Annual statistical returns and brief notes on vaccination in Bengal - 1909-1929
Year: 1909
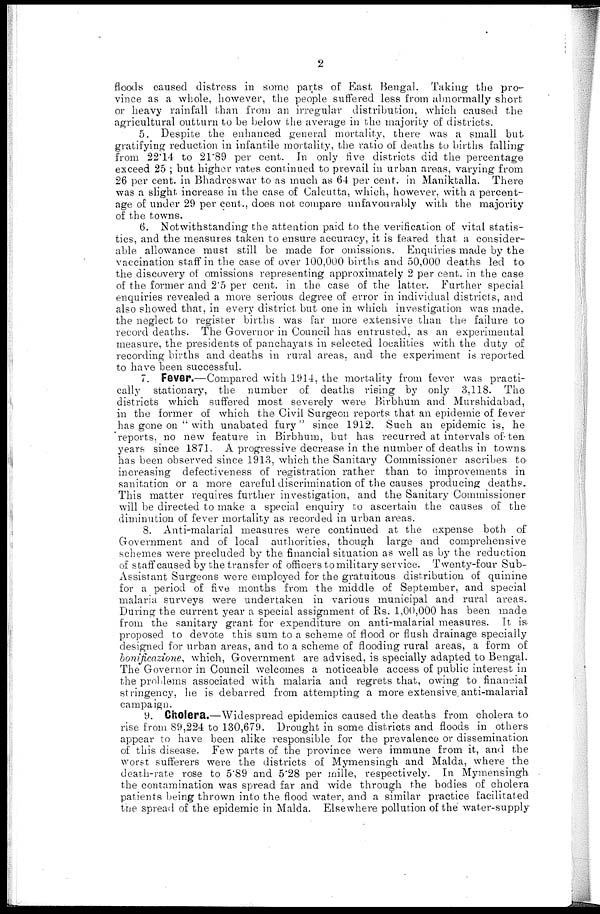
2
floods caused distress in some parts of East Bengal. Taking the pro-
vince as a whole, however, the people suffered less from abnormally short
or heavy rainfall than from an irregular distribution, which caused the
agricultural outturn to be below the average in the majority of districts.
5. Despite the enhanced general mortality, there was a small but
gratifying reduction in infantile mortality, the ratio of deaths to births falling-
from 22.14 to 21.89 per cent. In only five districts did the percentage
exceed 25 ; but higher rates continued to prevail in urban areas, varying from
26 per cent. in Bhadreswar to as much as 64 per cent. in Maniktalla. There
was a slight increase in the case of Calcutta, which, however, with a percent-
age of under 29 per cent., does not compare unfavourably with the majority
of the towns.
6. Notwithstanding the attention paid to the verification of vital statis-
tics, and the measures taken to ensure accuracy, it is feared that a consider-
able allowance must still be made for omissions. Enquiries made by the
vaccination staff in the case of over 100,000 births and 50,000 deaths led to-
the discovery of omissions representing approximately 2 per cent. in the case
of the former and 2'5 per cent. in the case of the latter. Further special
enquiries revealed a more serious degree of error in individual districts, and
also showed that, in every district but one in which investigation was made,
the neglect to register births was far more extensive than the failure to
record deaths. The Governor in Council has entrusted, as an experimental
measure, the presidents of panchayats in selected localities with the duty of
recording births and deaths in rural areas, and the experiment is reported
to have been successful.
7. Fever.—Compared with 1914, the mortality from fever was practi-
cally stationary, the number of deaths rising by only 3,118. The
districts which suffered most severely were Birbhum and Murshidabad,
in the former of which the Civil Surgeon reports that an epidemic of fever
has gone on " with unabated fury" since 1912. Such an epidemic is, he
reports, no new feature in Birbhum, but has recurred at intervals of ten
years since 1871. A progressive decrease in the number of deaths in towns
has been observed since 1913, which the Sanitary Commissioner ascribes to
increasing defectiveness of registration rather than to improvements in
sanitation or a more careful discrimination of the causes producing deaths.
This matter requires further investigation, and the Sanitary Commissioner
will be directed to make a special enquiry to ascertain the causes of the
diminution of fever mortality as recorded in urban areas.
8. Anti-malarial measures were continued at the expense both of
Government and of local authorities, though large and comprehensive
schemes were precluded by the financial situation as well as by the reduction
of staff caused by the transfer of officers to military service. Twenty-four Sub-
Assistant Surgeons were employed for the gratuitous distribution of quinine
for a period of five months from the middle of September, and special
malaria surveys were undertaken in various municipal and rural areas.
During the current year a special assignment of Rs. 1,00,000 has been made
from the sanitary grant for expenditure on anti-malarial measures. It is
proposed to devote this sum to a scheme of flood or flush drainage specially
designed for urban areas, and to a scheme of flooding rural areas, a form of
bonificazione, which, Government are advised, is specially adapted to Bengal.
The Governor in Council welcomes a noticeable access of public interest in
the problems associated with malaria and regrets that, owing to financial
stringency, he is debarred from attempting a more extensive anti-malarial
campaign.
9. Cholera.—Widespread epidemics caused the deaths from cholera to
rise from 89,224 to 130,679. Drought in some districts and floods in others
appear to have been alike responsible for the prevalence or dissemination
of this disease. Few parts of the province were immune from it, and the
worst sufferers were the districts of Mymensingh and Malda, where the
death-rate rose to 5.89 and 5.28 per mille, respectively. In Mymensingh
the contamination was spread far and wide through the bodies of cholera
patients being thrown into the flood water, and a similar practice facilitated
the spread of the epidemic in Malda. Elsewhere pollution of the water-supply